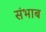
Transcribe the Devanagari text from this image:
संभाब